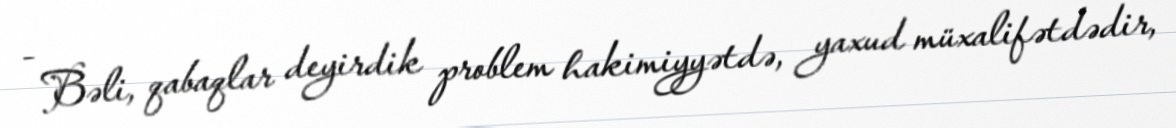
- Bəli, qabaqlar deyirdik problem hakimiyyətdə, yaxud müxalifətdədir,